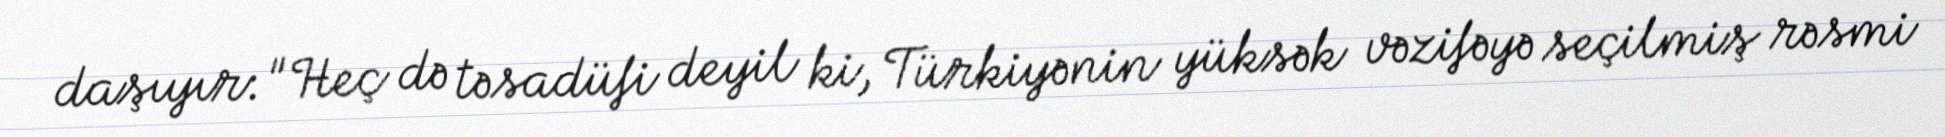
daşıyır: "Heç də təsadüfi deyil ki, Türkiyənin yüksək vəzifəyə seçilmiş rəsmi